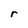
Character: r